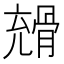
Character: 𩩇